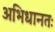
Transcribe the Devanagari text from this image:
अभिधानतः